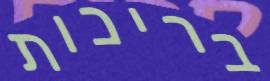
בריכות